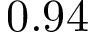
0 . 9 4